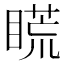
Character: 𥉂